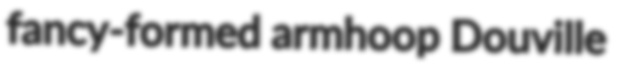
fancy-formed armhoop Douville